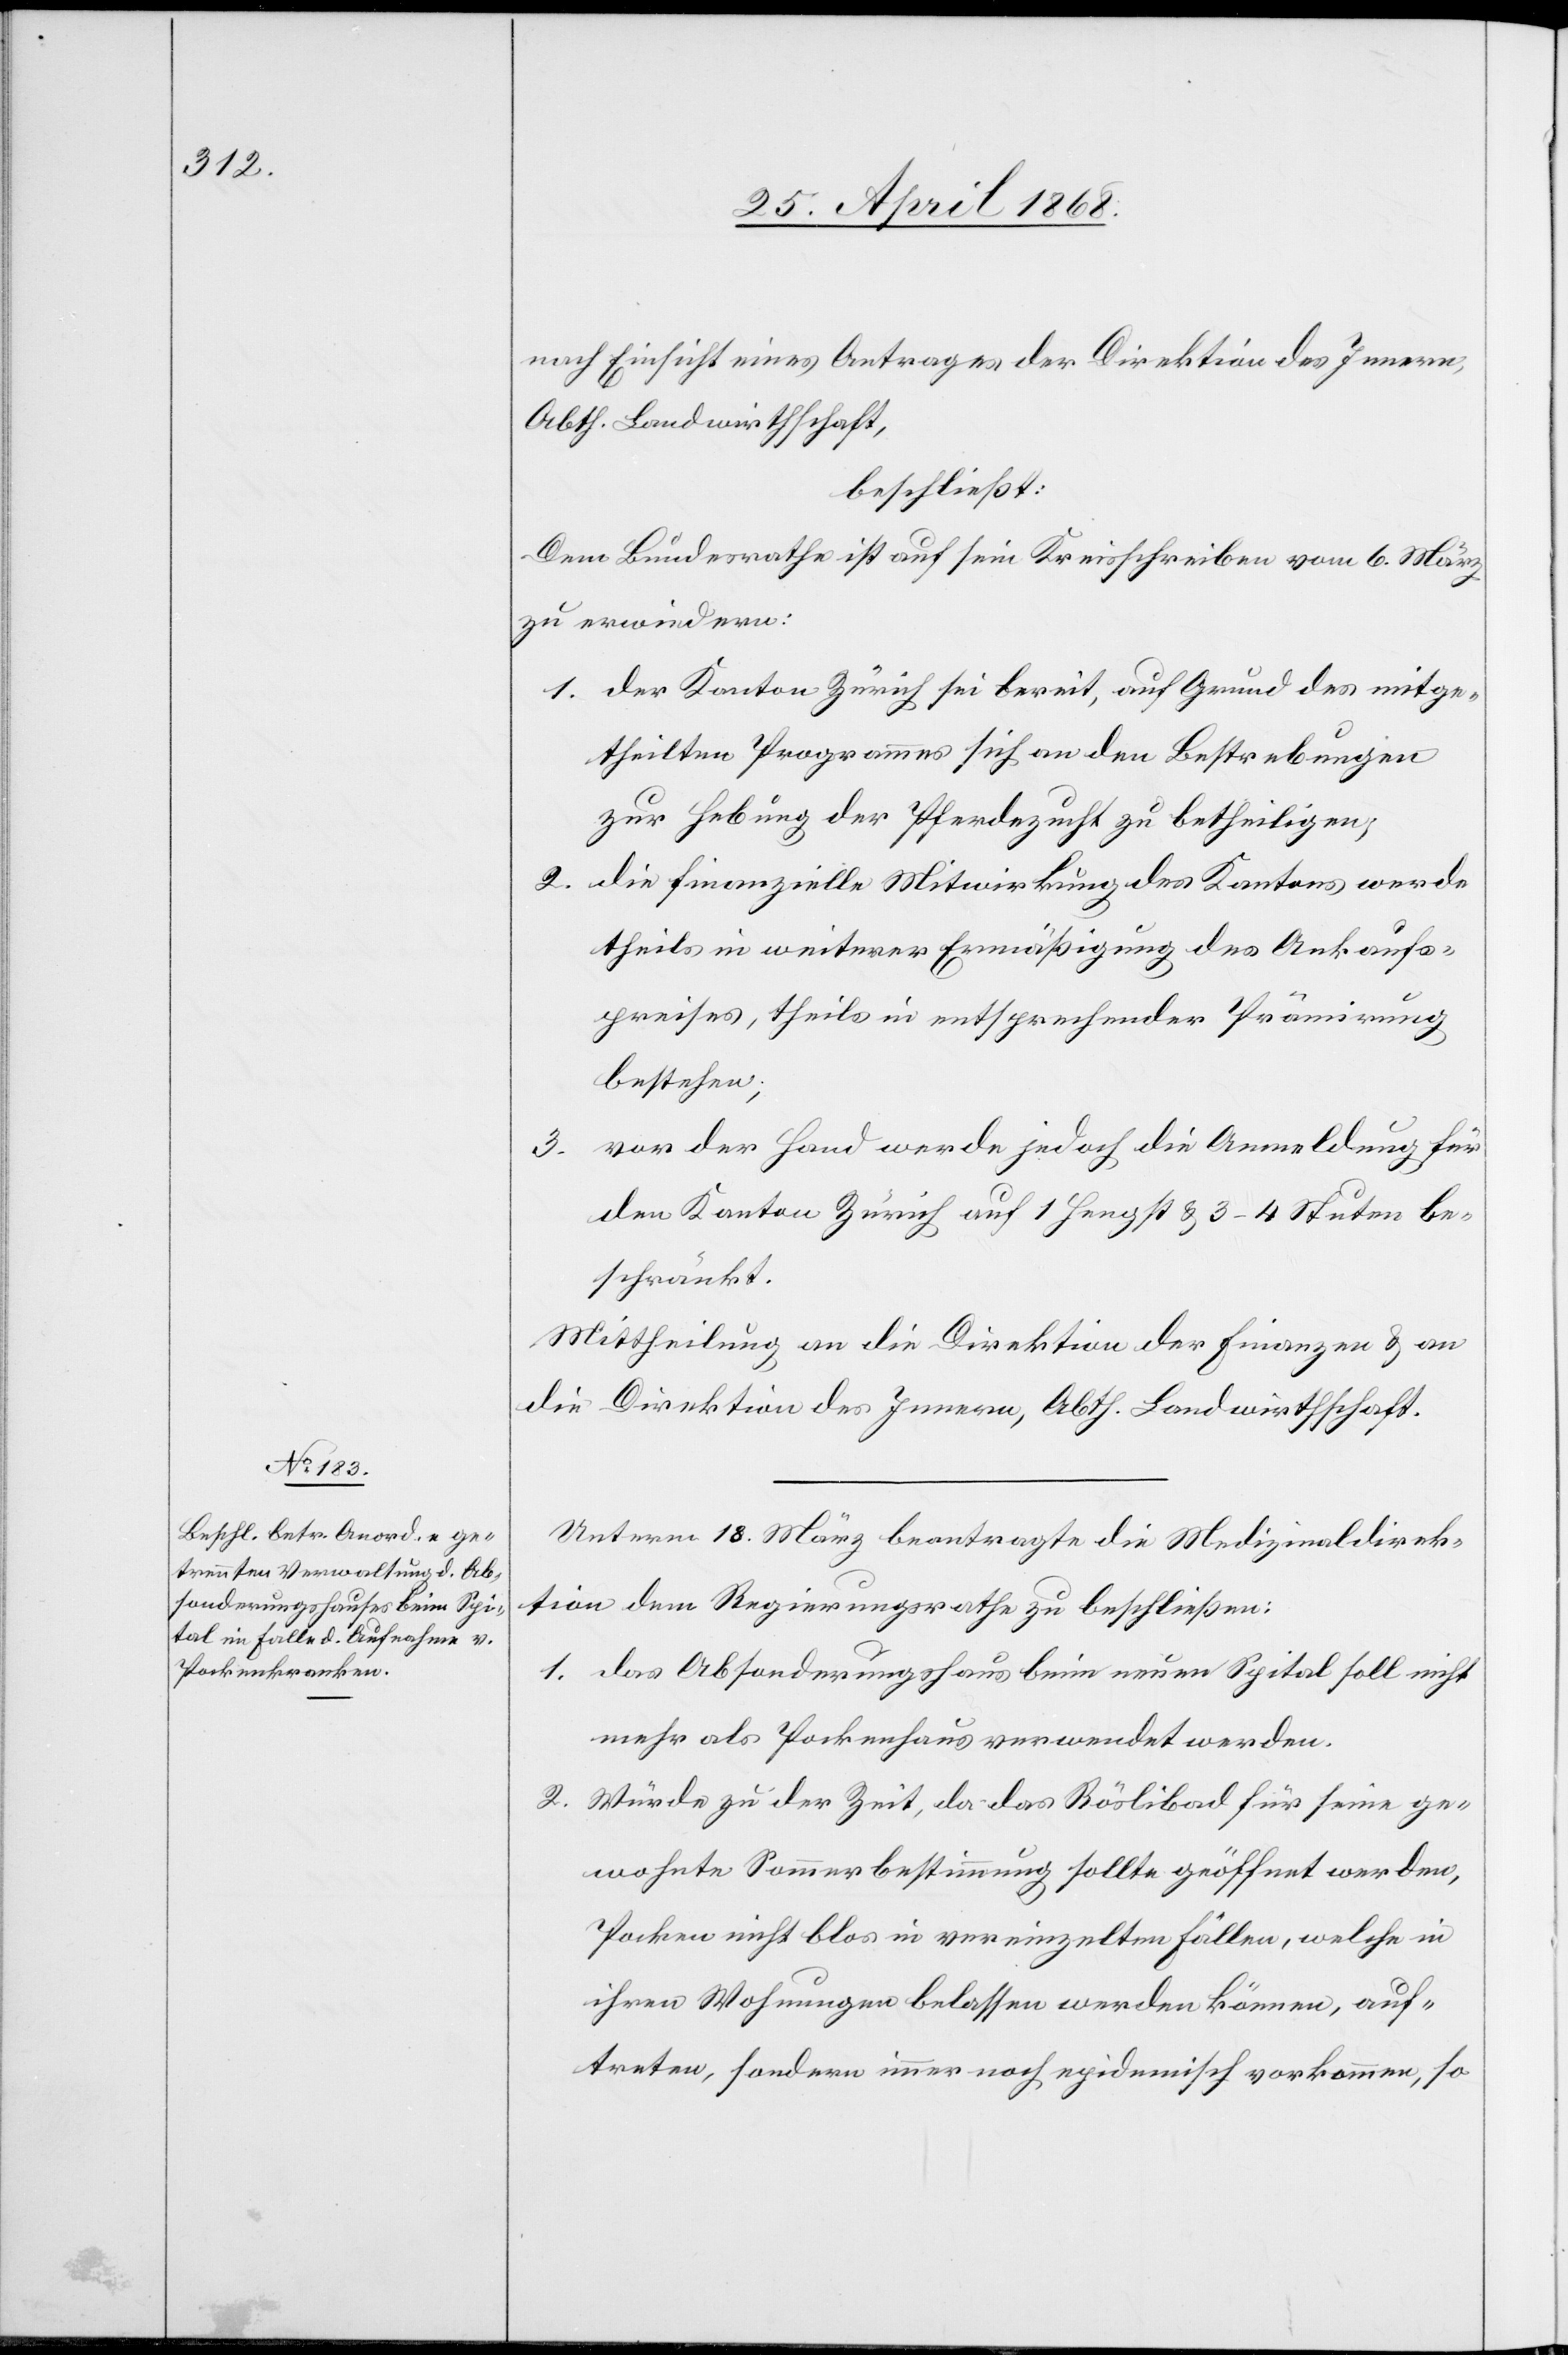
nach Einsicht eines Antrages der Direktion des Innern,
Abth. Landwirthschaft,
beschließt:
Dem Bundesrathe ist auf sein Kreisschreiben vom 6. März
zu erwiedern:
der Kanton Zürich sei bereit, auf Grund des mitge¬
theilten Programmes sich an den Bestrebungen
zur Hebung der Pferdezucht zu betheiligen;
die finanzielle Mitwirkung des Kantons werde
theils in weiterer Ermäßigung des Ankaufs¬
preises, theils in entsprechender Prämirung
bestehen;
vor der Hand werde jedoch die Anmeldung für
3.
den Kanton Zürich auf 1 Hengst & 3–4 Stuten be¬
schränkt.
Mittheilung an die Direktion der Finanzen & an
die Direktion des Innern, Abth. Landwirthschaft.
Unterm 18. März beantragte die Medizinaldirek¬
tion dem Regierungsrathe zu beschließen:
das Absonderungshaus beim neuen Spital soll nicht
mehr als Pockenhaus verwendet werden.
Würde zu der Zeit, da das Röslibad für seine ge¬
wohnte Sommerbestimmung sollte geöffnet werden,
Pocken nicht blos in vereinzelten Fällen, welche in
ihren Wohnungen belassen werden können, auf¬
treten, sondern immer noch epidemisch vorkommen, so